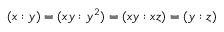
( x : y ) = ( x y : y ^ { 2 } ) = ( x y : x z ) = ( y : z )